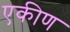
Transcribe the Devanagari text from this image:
एकीण